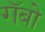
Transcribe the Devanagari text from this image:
गॅबो